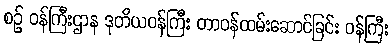
စဉ် ဝန်ကြီးဌာန ဒုတိယဝန်ကြီး တာဝန်ထမ်းဆောင်ခြင်း ဝန်ကြီး